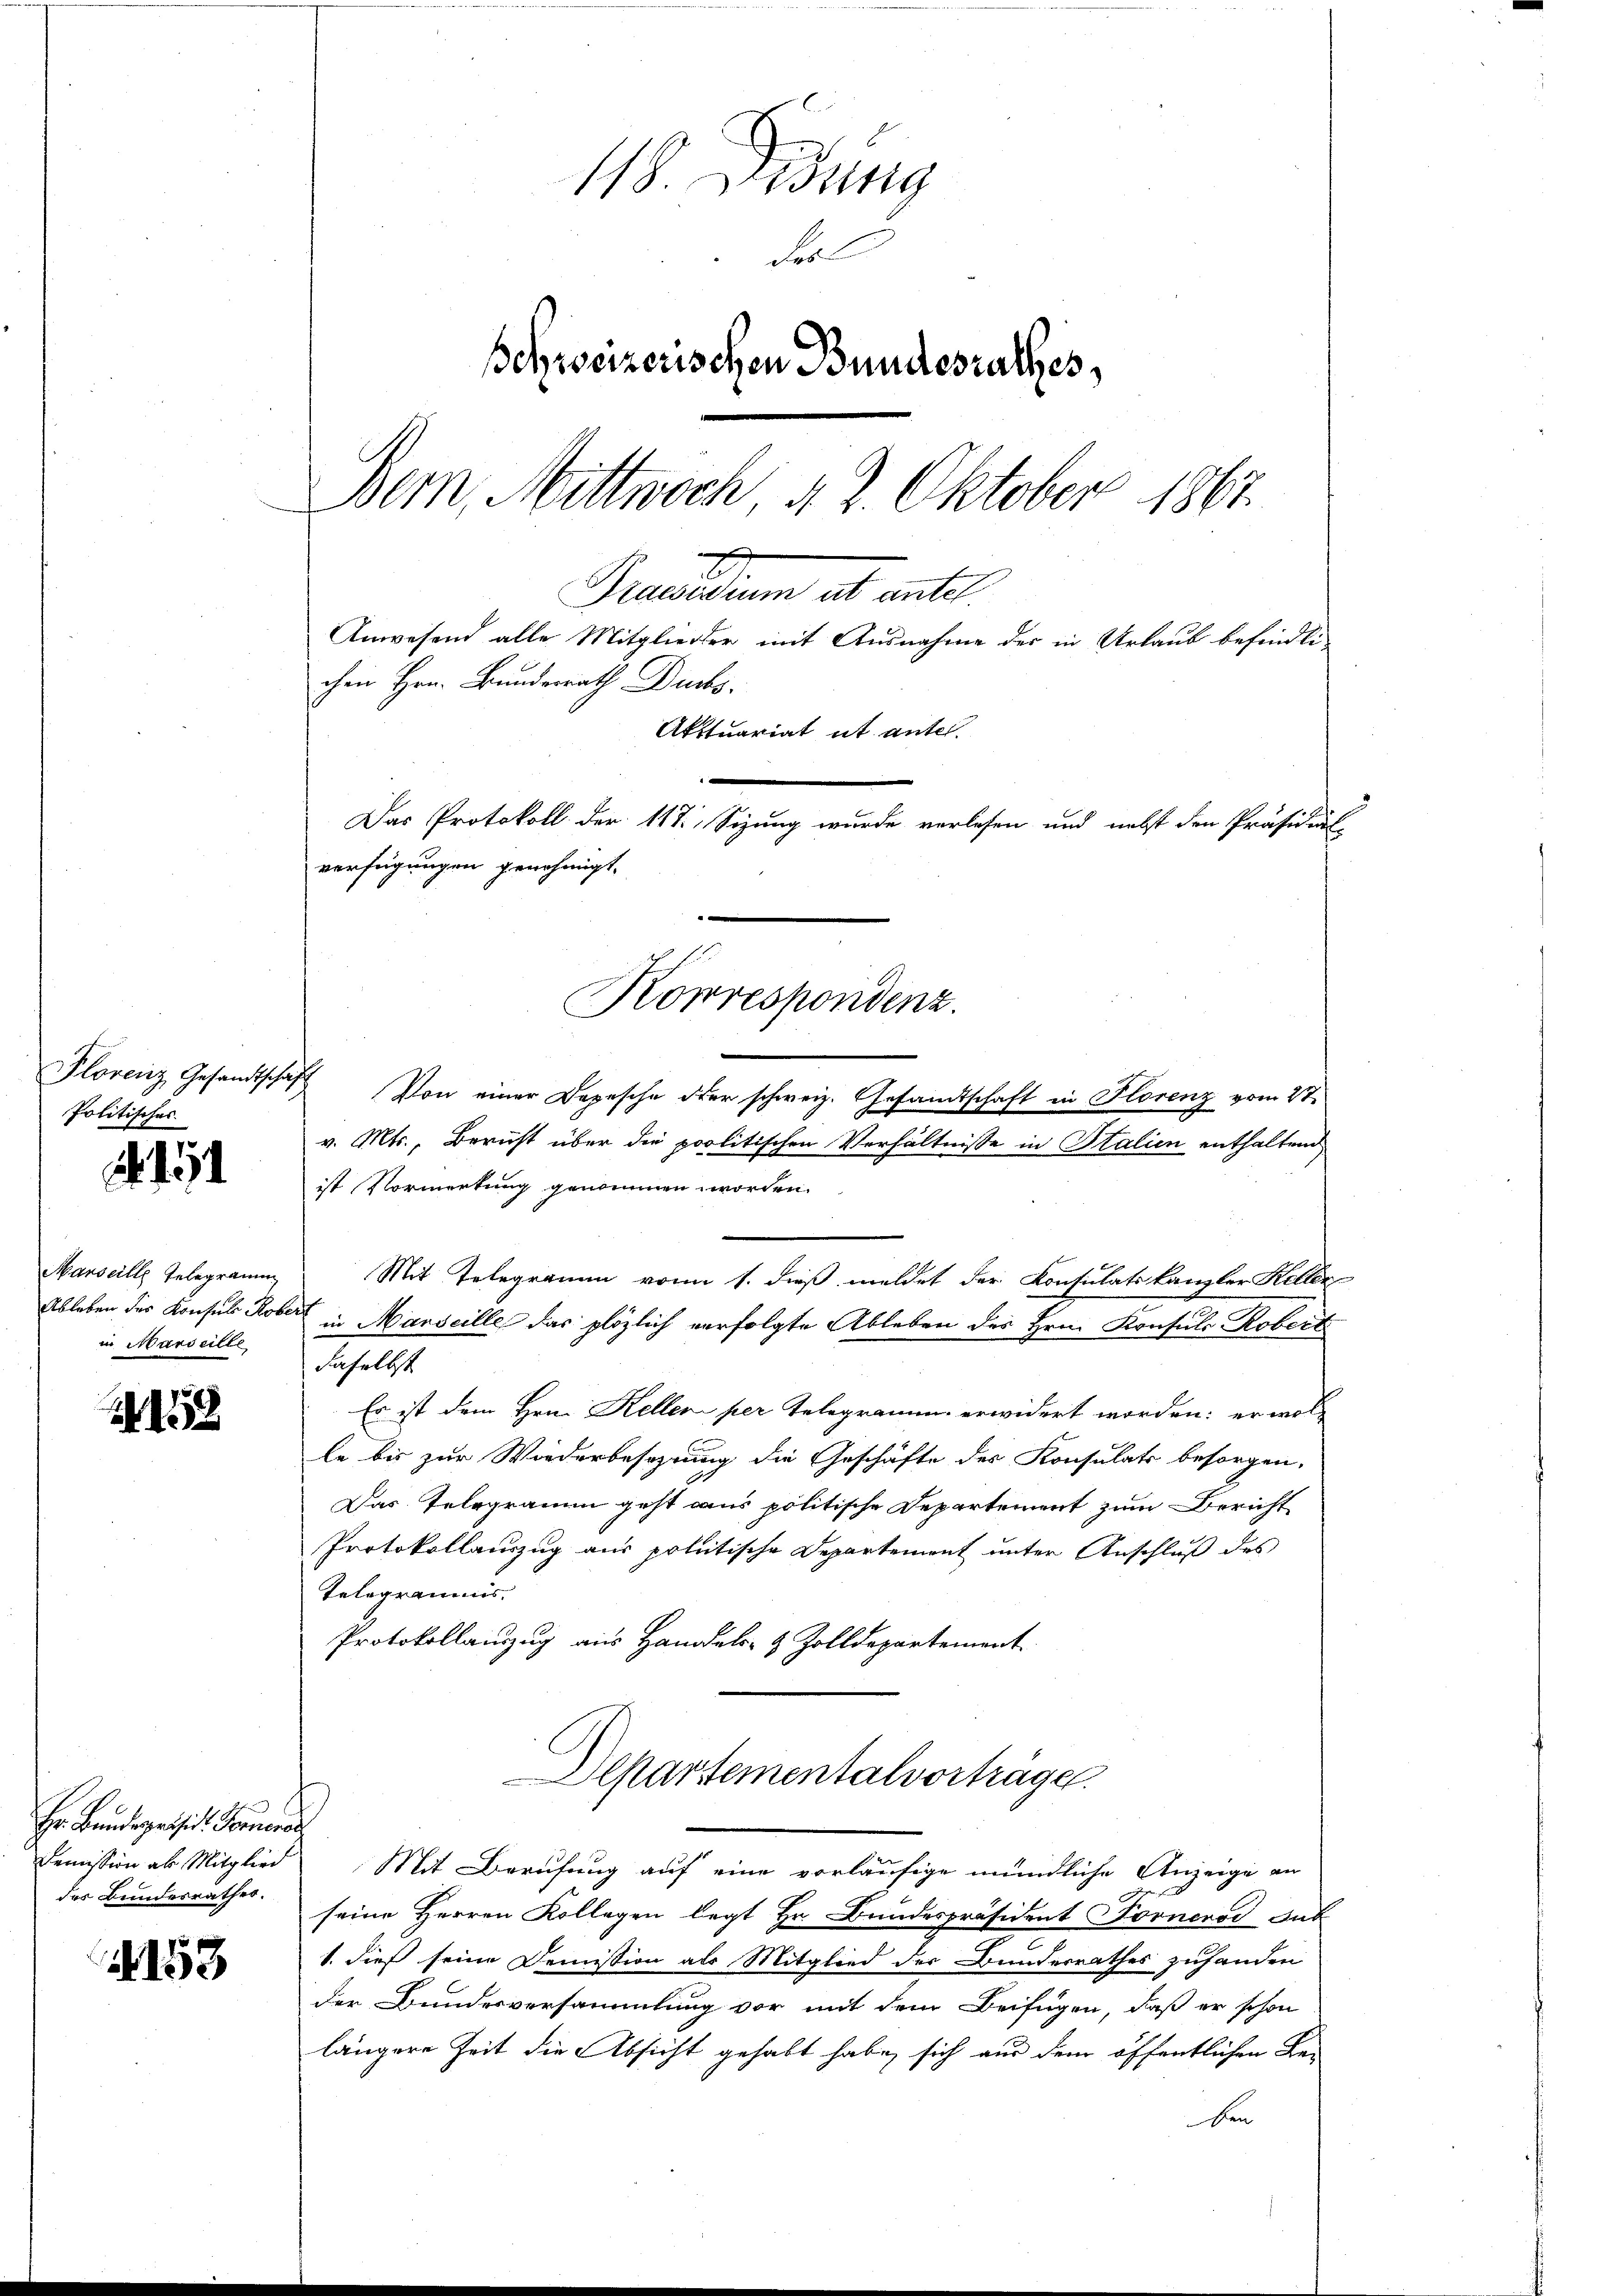
Plorenz Gesandtsche
Politisches

11

Marseille Telegramm,
Ableben des Konsuls Robe
in Marseille

1

Hr. Bruderganisi Formen
des Bundesrathes.

153

118. Dedung
Fel
Schweizerischen Bundesrathes,
Bern, Mittwoch 4 2. Oktober 1867
Praesidium alt ante
Anwesend alle Mitglieder mit Ausnahme der in Urlaub befindlichen Hrn. Bundesrath Ducks.
Akttuariat ut anter
Der Protokoll der 14. Segnung wurde welchen und nicht den Präsidial
verfügungen genehmigt.
Korrespondenz.

Von einer Depesche der schweiz. Gesandtschaft in Florenz vom 27.
v. Mts., Bericht über die politischen Verhältnisse in Stalien enthaltend
ist Vormerkung genommen worden.
Mit Telegramm von 1. dieß meldet der Konsulatskanzler Keller
d in Marseille das plözlich verfolgte Ableben des Hrn. Konsuls Robert
daselbst
Er ist dem Hrn. Kellen per Telegramm erwidert worden: er wol-
le bis zur Wiederbesezung die Geschäfte des Konsulats besorgen,
Das Telegramm geht aus politische Departement zum Bericht
Protokollauszug aus politische Departement unter Anschluß des
Telegramms.
Protokollauszug aus Handels- & Zolldepartement
Departementalvorträge.
Demission ab Mitglied Mit Berufung auf eine vorläufige mündliche Anzeige an
u
2
seine Herren Kollegen legt Hr. Bundespräsident Forneros sub
1. dieß seine Demission als Mitglied der Bunderrathes zuhanden
der Bundesversammlung vor mit dem Beifügen, daß er schon
längere Zeit die Absicht gehabt habe, sich aus dem öffentlichen Be¬
Den